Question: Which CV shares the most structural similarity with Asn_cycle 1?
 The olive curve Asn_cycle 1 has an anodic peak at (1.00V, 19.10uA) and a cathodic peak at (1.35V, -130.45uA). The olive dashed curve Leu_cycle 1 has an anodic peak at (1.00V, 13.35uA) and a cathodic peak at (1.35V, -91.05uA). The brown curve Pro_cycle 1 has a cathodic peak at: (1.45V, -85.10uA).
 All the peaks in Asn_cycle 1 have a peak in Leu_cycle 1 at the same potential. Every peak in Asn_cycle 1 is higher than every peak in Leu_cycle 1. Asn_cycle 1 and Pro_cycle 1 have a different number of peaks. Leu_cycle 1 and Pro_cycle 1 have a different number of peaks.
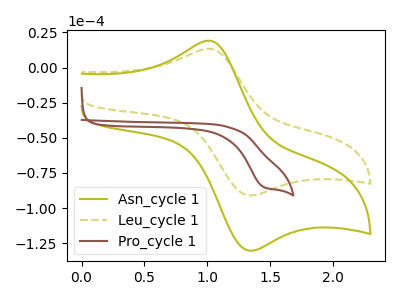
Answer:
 <answer>The CV with the most similar shape to "Leu_cycle 1" is "Asn_cycle 1".</answer>
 <eval>"Asn_cycle 1"</eval>